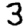
Digit: 3